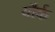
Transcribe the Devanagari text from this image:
यौर्क